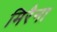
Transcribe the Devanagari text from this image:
मिरैना